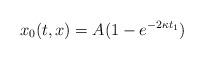
LaTeX: \begin{align*}x_0(t,x) = A(1 - e^{-2\kappa t_1})\end{align*}